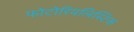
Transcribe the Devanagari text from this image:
फोटोरियलिस्टिक